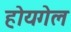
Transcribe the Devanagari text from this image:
होयगेल